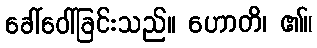
ခေါ်ဝေါ်ခြင်းသည်။ ဟောတိ၊ ၏။